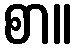
စာ။